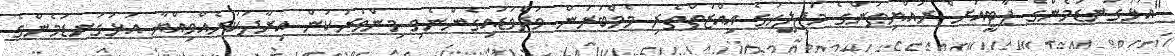
"އަޅުގަނޑުމެންގެ ޕާޓީއަށް ރައްޔިތުންގެ މަޖިލީހުގެ އިއްޒަތްތެރި މެމްބަރުން ވަދެވަޑައިގެންނެވި މިންވަރަކުން އިރާދަކުރެއްވިއްޔާ އަޅުގަނޑުމެންގެ